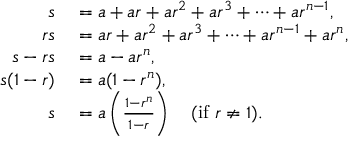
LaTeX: \begin{array} { r l } { s } & { { } = a + a r + a r ^ { 2 } + a r ^ { 3 } + \cdots + a r ^ { n - 1 } , } \\ { r s } & { { } = a r + a r ^ { 2 } + a r ^ { 3 } + \cdots + a r ^ { n - 1 } + a r ^ { n } , } \\ { s - r s } & { { } = a - a r ^ { n } , } \\ { s ( 1 - r ) } & { { } = a ( 1 - r ^ { n } ) , } \\ { s } & { { } = a \left( { \frac { 1 - r ^ { n } } { 1 - r } } \right) \quad { \mathrm { ( i f ~ } } r \neq 1 { \mathrm { ) } } . } \end{array}